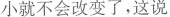
小就不会改变了，这说